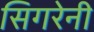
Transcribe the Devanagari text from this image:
सिगरेनी